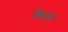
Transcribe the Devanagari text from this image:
लिहतो